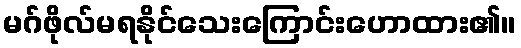
မဂ်ဖိုလ်မရနိုင်သေးကြောင်းဟောထား၏။